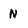
Character: N